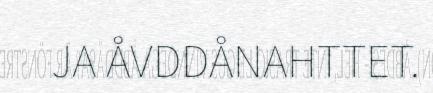
JA ÅVDDÅNAHTTET.